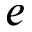
e